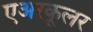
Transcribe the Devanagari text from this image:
एअरकूलर